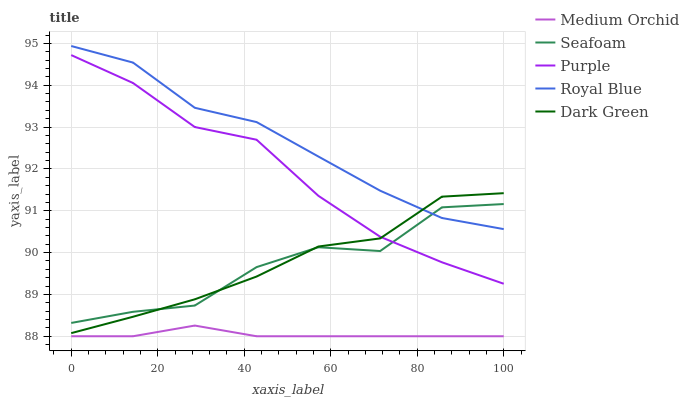
| xaxis_label | Medium Orchid | Seafoam | Purple | Royal Blue | Dark Green |
 | --- | --- | --- | --- | --- | --- |
 | 0 | 88 | 88.3 | 94.7 | 94.9 | 88.1 |
 | 14.3 | 88 | 88.6 | 94.1 | 94.5 | 88.5 |
 | 28.6 | 88.3 | 88.7 | 93 | 93.5 | 88.9 |
 | 42.9 | 88 | 89.7 | 92.7 | 93.1 | 89.4 |
 | 57.1 | 88 | 90.1 | 91.4 | 92.3 | 90.1 |
 | 71.4 | 88 | 90 | 90.4 | 91.5 | 90.3 |
 | 85.7 | 88 | 91.1 | 89.8 | 90.8 | 91.3 |
 | 100 | 88 | 91.2 | 89.3 | 90.6 | 91.4 |